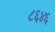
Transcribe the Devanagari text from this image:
८६४६